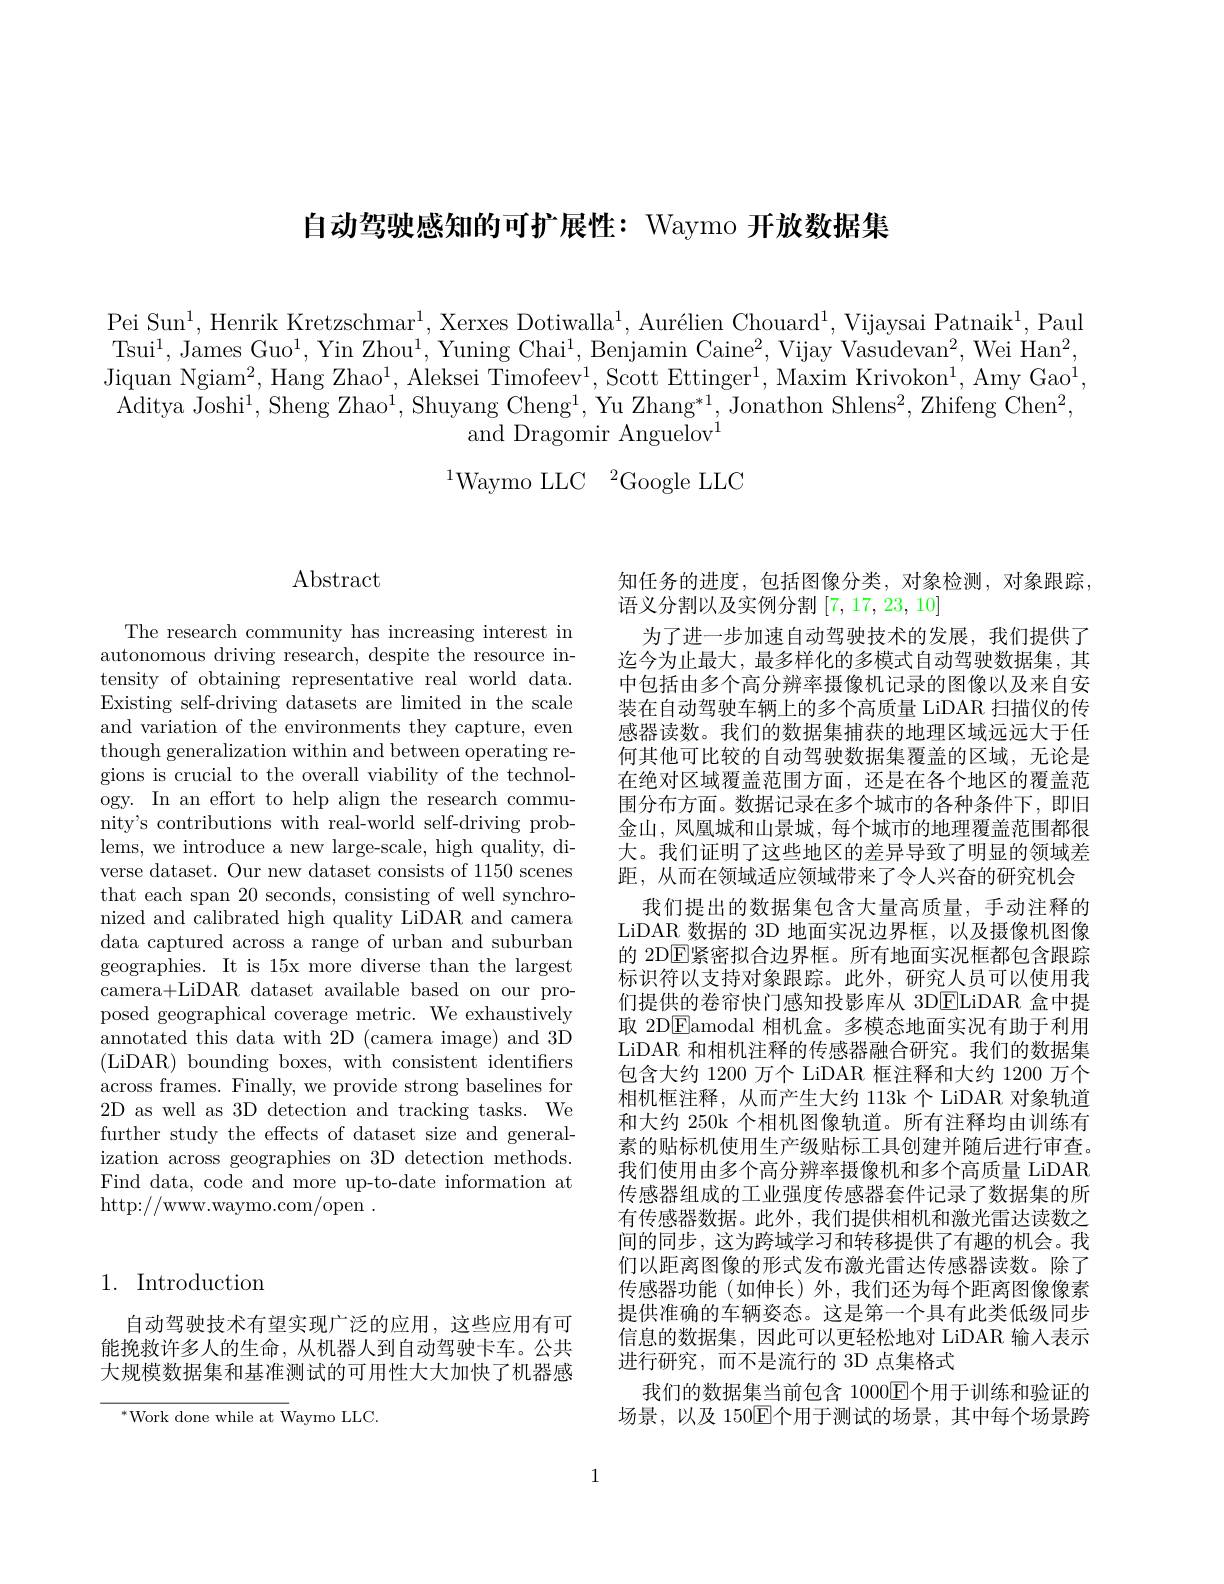
自动驾驶感知的可扩展性：Waymo 开放数据集

Pei Sun$^1$,Henrik Kretzschmar$^1$, Xerxes Dotiwalla$^1,\text{Aur\'{e}lienChouard}^1$,Vijaysai Patnaik$^1$,Paul Tsui$^1$,James Guo$^1$,Yin Zhou$^1$,Yuning Chai$^1$,Benjamin Caine$^2$,Vijay Vasudevan$^2$,Wei Han$^2$, Jiquan Ngiam$^2$,Hang Zhao$^1$, Aleksei Timofeev$^1$,Scott Ettinger$^1$,Maxim Krivokon$^1$, Amy Gao$^1$, Aditya Joshi$^1$,Sheng Zhao$^1$,Shuyang Cheng$^1$,Yu Zhang$^*1$,Jonathon Shlens$^2$,Zhifeng Chen$^2$,
and Dragomir Anguelov$^1$

$^{1}$Waymo LLC$^2$Google LLC

## 1. Introduction

自动驾驶技术有望实现广泛的应用，这些应用有可能挽救许多人的生命，从机器人到自动驾驶卡车。公共大规模数据集和基准测试的可用性大大加快了机器感

$^{*}$Work done while at Waymo LLC.

## $\operatorname{Abstract}$

The research community has increasing interest in autonomous driving research, despite the resource intensity of obtaining representative real world data. Existing self-driving datasets are limited in the scale and variation of the environments they capture, even though generalization within and between operating regions is crucial to the overall viability of the technology. In an effort to help align the research community's contributions with real-world self-driving problems, we introduce a new large-scale, high quality, diverse dataset. Our new dataset consists of 1150 scenes that each span 20 seconds, consisting of well synchronized and calibrated high quality LiDAR and camera data captured across a range of urban and suburban geographies. It is 15x more diverse than the largest camera+LiDAR dataset available based on our proposed geographical coverage metric. We exhaustively annotated this data with 2D (camera image) and 3D (LiDAR) bounding boxes, with consistent identifiers across frames. Finally, we provide strong baselines for 2D as well as 3D detection and tracking tasks. We further study the effects of dataset size and generalization across geographies on 3D detection methods. Find data, code and more up-to-date information at http://www.waymo.com/open.

知任务的进度，包括图像分类，对象检测，对象跟踪，
语义分割以及实例分割[7,17,23,10]
为了进一步加速自动驾驶技术的发展，我们提供了迄今为止最大，最多样化的多模式自动驾驶数据集，其中包括由多个高分辨率摄像机记录的图像以及来自安装在自动驾驶车辆上的多个高质量 LiDAR 扫描仪的传感器读数。我们的数据集捕获的地理区域远远大于任何其他可比较的自动驾驶数据集覆盖的区域，无论是在绝对区域覆盖范围方面，还是在各个地区的覆盖范围分布方面。数据记录在多个城市的各种条件下，即旧金山，凤凰城和山景城，每个城市的地理覆盖范围都很大。我们证明了这些地区的差异导致了明显的领域差距，从而在领域适应领域带来了令人兴奋的研究机会
我们提出的数据集包含大量高质量，手动注释的LiDAR 数据的 3D 地面实况边界框，以及摄像机图像的 2DE紧密拟合边界框。所有地面实况框都包含跟踪标识符以支持对象跟踪。此外，研究人员可以使用我们提供的卷帘快门感知投影库从 3DELiDAR 盒中提取 2DEamodal 相机盒。多模态地面实况有助于利用LiDAR 和相机注释的传感器融合研究。我们的数据集包含大约 1200 万个 LiDAR 框注释和大约 1200 万个相机框注释，从而产生大约 113k 个 LiDAR 对象轨道和大约 250k 个相机图像轨道。所有注释均由训练有素的贴标机使用生产级贴标工具创建并随后进行审查。我们使用由多个高分辨率摄像机和多个高质量 LiDAR 传感器组成的工业强度传感器套件记录了数据集的所有传感器数据。此外，我们提供相机和激光雷达读数之间的同步 , 这为跨域学习和转移提供了有趣的机会。我们以距离图像的形式发布激光雷达传感器读数。除了传感器功能(如伸长)外，我们还为每个距离图像像素提供准确的车辆姿态。这是第一个具有此类低级同步信息的数据集，因此可以更轻松地对 LiDAR 输入表示进行研究，而不是流行的 3D 点集格式
我们的数据集当前包含 1000$\boxed{\mathrm{E}}$个用于训练和验证的场景，以及 150E个用于测试的场景，其中每个场景跨